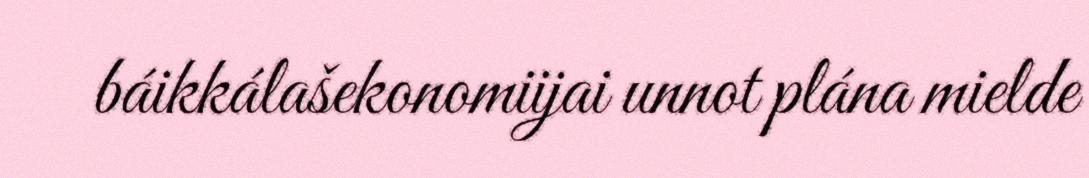
báikkálašekonomiijai unnot plána mielde